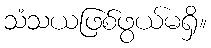
သံသယဖြစ်ဖွယ်မရှိ။